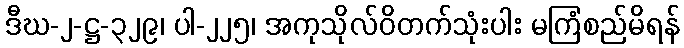
ဒီဃ-၂-ဋ္ဌ-၃၂၉၊ ပါ-၂၂၅၊ အကုသိုလ်ဝိတက်သုံးပါး မကြံစည်မိရန်